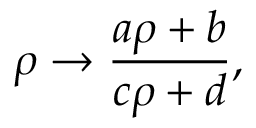
\rho \rightarrow \frac { a \rho + b } { c \rho + d } ,